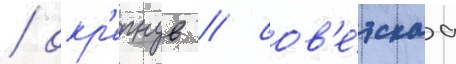
/ окр'епнув / сов'е́тскаа